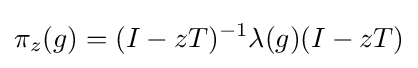
\displaystyle {\pi _{z}(g)=(I-zT)^{-1}\lambda (g)(I-zT)}